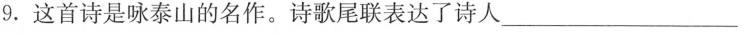
9.这首诗是咏泰山的名作。诗歌尾联表达了诗人